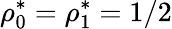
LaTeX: \rho_{0}^{*}=\rho_{1}^{*}=1/2